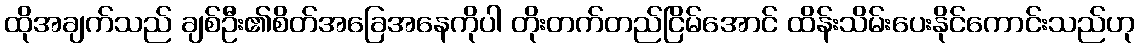
ထိုအချက်သည် ချစ်ဦး၏စိတ်အခြေအနေကိုပါ တိုးတက်တည်ငြိမ်အောင် ထိန်းသိမ်းပေးနိုင်ကောင်းသည်ဟု